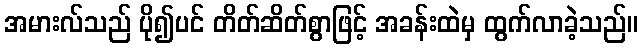
အမားလ်သည် ပို၍ပင် တိတ်ဆိတ်စွာဖြင့် အခန်းထဲမှ ထွက်လာခဲ့သည်။